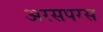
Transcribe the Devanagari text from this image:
अरसपरस